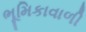
ભૂમિકાવાળી